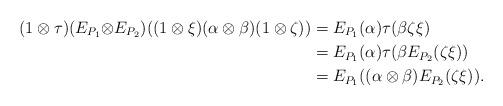
LaTeX: \begin{align*}(1\otimes\tau)(E_{P_1}{\otimes}E_{P_2})((1\otimes\xi)(\alpha\otimes\beta)(1\otimes\zeta))&=E_{P_1}(\alpha)\tau(\beta\zeta\xi)\\&=E_{P_1}(\alpha)\tau(\beta E_{P_2}(\zeta\xi))\\&=E_{P_1}((\alpha\otimes\beta)E_{P_2}(\zeta\xi)).\end{align*}